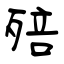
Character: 殕